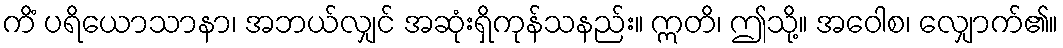
ကိံ ပရိယောသာနာ၊ အဘယ်လျှင် အဆုံးရှိကုန်သနည်း။ ဣတိ၊ ဤသို့။ အဝေါစ၊ လျှောက်၏။